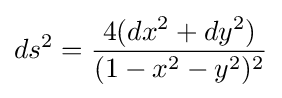
ds^{2}={4(dx^{2}+dy^{2}) \over (1-x^{2}-y^{2})^{2}}